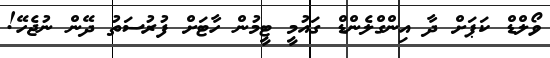
ވޯލްޑް ކަޕަށް ދާ އިންގްލެންޑް ގައުމީ ޓީމުން ހާޓަށް ފުރުސަތު ދޭން ނުޖެހޭ!